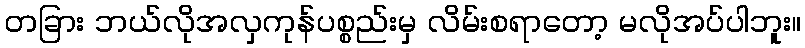
တခြား ဘယ်လိုအလှကုန်ပစ္စည်းမှ လိမ်းစရာတော့ မလိုအပ်ပါဘူး။